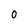
Character: 0